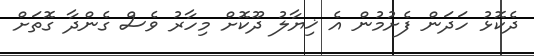
ދެކޮޅު ހަދަން ފެށުމުން އެ ޚިޔާލު ދޫކޮށް މިހާރު ވެސް ގެންދާ ގޮތަށް